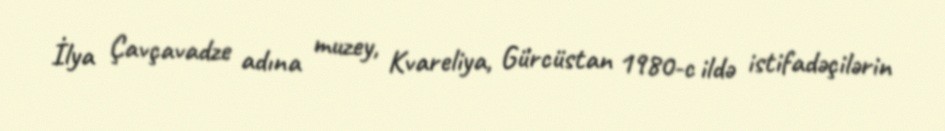
İlya Çavçavadze adına muzey, Kvareliya, Gürcüstan 1980-c ildə istifadəçilərin